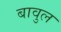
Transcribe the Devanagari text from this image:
बावुल